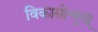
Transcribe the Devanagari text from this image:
विकासोन्मुख्